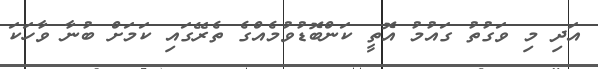
އަދި މި ވަގުތު ގައުމު އޮތީ ކަންބޮޑުވުމެއްގެ ތެރޭގައި ކަމަށް ބުނާ ވާހަކަ